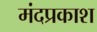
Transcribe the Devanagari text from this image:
मंदप्रकाश